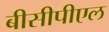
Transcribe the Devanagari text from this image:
बीसीपीएल